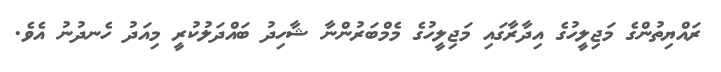
ރައްޔިތުންގެ މަޖިލީހުގެ އިދާރާގައި މަޖިލީހުގެ މެމްބަރުންނާ ޝާހިދު ބައްދަލުކުރީ މިއަދު ހެނދުނު އެވެ.